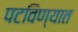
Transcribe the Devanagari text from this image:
पटविण्यात